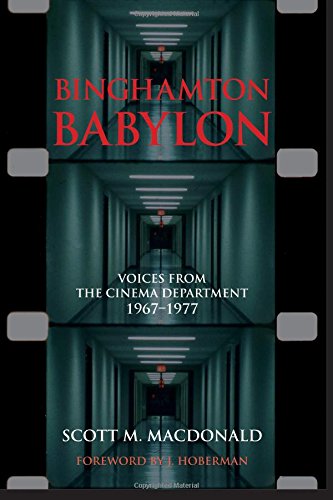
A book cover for Binghamton Babylon: Voices from the Cinema Department, 1967-1977 (SUNY series, Horizons of Cinema); Scott M. MacDonald; Humor & Entertainment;